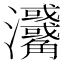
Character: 𤅳